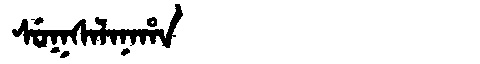
Manchu: ᠰᡠᡴᠰᠠᠯᠠᠨᠠᡥᠠ
Romanization: SUKSALANAHA